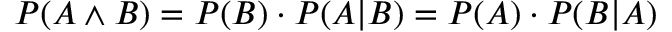
P ( A \land B ) = P ( B ) \cdot P ( A | B ) = P ( A ) \cdot P ( B | A )